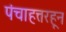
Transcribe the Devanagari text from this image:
पंचाहत्तरहून